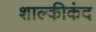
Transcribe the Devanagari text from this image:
शाल्कीकंद